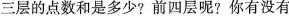
三层的点数和是多少?前四层呢?你有没有